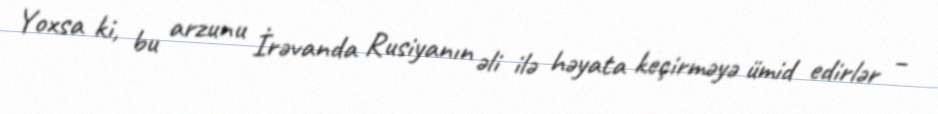
Yoxsa ki, bu arzunu İrəvanda Rusiyanın əli ilə həyata keçirməyə ümid edirlər –